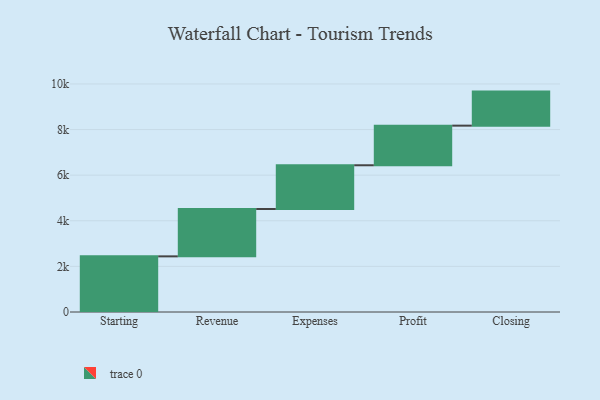
{"axis": {"x": "Step", "y": "Value"}, "legend": [""], "data": [{"x": "Starting", "y": 2440.0, "type": ""}, {"x": "Revenue", "y": 2076.0, "type": ""}, {"x": "Expenses", "y": 1919.0, "type": ""}, {"x": "Profit", "y": 1737.0, "type": ""}, {"x": "Closing", "y": 1493.0, "type": ""}]}